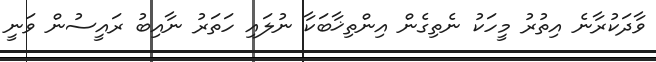
ވާދަކުރާނެ އިތުރު މީހަކު ނެތިގެން އިންތިޚާބަކާ ނުލައި ހަތަރު ނާއިބު ރައީސުން ވަނީ